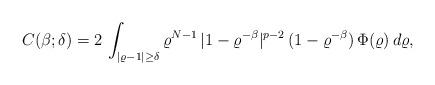
LaTeX: \begin{align*}C(\beta;\delta)=2\,\int_{|\varrho-1|\ge \delta} \varrho^{N-1}\,|1-\varrho^{-\beta}|^{p-2}\,(1-\varrho^{-\beta})\,\Phi(\varrho)\,d\varrho,\end{align*}